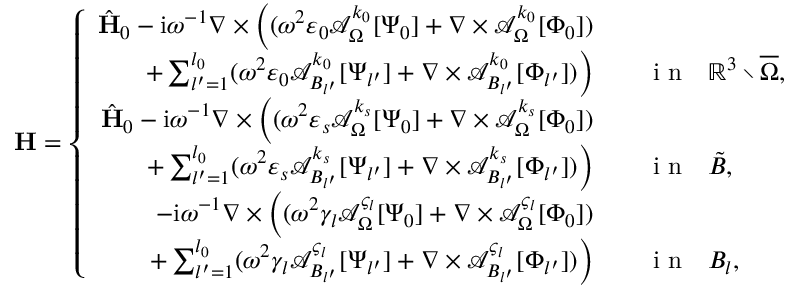
\mathbf { H } = \left\{ \begin{array} { r l } { \hat { \mathbf { H } } _ { 0 } - \mathrm { i } \omega ^ { - 1 } \nabla \times \Big ( ( \omega ^ { 2 } \varepsilon _ { 0 } \mathcal { A } _ { \Omega } ^ { k _ { 0 } } [ \Psi _ { 0 } ] + \nabla \times \mathcal { A } _ { \Omega } ^ { k _ { 0 } } [ \Phi _ { 0 } ] ) } & { { } } \\ { + \sum _ { l ^ { \prime } = 1 } ^ { l _ { 0 } } ( \omega ^ { 2 } \varepsilon _ { 0 } \mathcal { A } _ { B _ { l ^ { \prime } } } ^ { k _ { 0 } } [ \Psi _ { l ^ { \prime } } ] + \nabla \times \mathcal { A } _ { B _ { l ^ { \prime } } } ^ { k _ { 0 } } [ \Phi _ { l ^ { \prime } } ] ) \Big ) } & { { } \quad \mathrm { ~ i ~ n ~ } \ \ \mathbb { R } ^ { 3 } \setminus \overline { \Omega } , } \\ { \hat { \mathbf { H } } _ { 0 } - \mathrm { i } \omega ^ { - 1 } \nabla \times \Big ( ( \omega ^ { 2 } \varepsilon _ { s } \mathcal { A } _ { \Omega } ^ { k _ { s } } [ \Psi _ { 0 } ] + \nabla \times \mathcal { A } _ { \Omega } ^ { k _ { s } } [ \Phi _ { 0 } ] ) } & { { } } \\ { + \sum _ { l ^ { \prime } = 1 } ^ { l _ { 0 } } ( \omega ^ { 2 } \varepsilon _ { s } \mathcal { A } _ { B _ { l ^ { \prime } } } ^ { k _ { s } } [ \Psi _ { l ^ { \prime } } ] + \nabla \times \mathcal { A } _ { B _ { l ^ { \prime } } } ^ { k _ { s } } [ \Phi _ { l ^ { \prime } } ] ) \Big ) } & { { } \quad \mathrm { ~ i ~ n ~ } \ \ \tilde { B } , } \\ { - \mathrm { i } \omega ^ { - 1 } \nabla \times \Big ( ( \omega ^ { 2 } \gamma _ { l } \mathcal { A } _ { \Omega } ^ { \varsigma _ { l } } [ \Psi _ { 0 } ] + \nabla \times \mathcal { A } _ { \Omega } ^ { \varsigma _ { l } } [ \Phi _ { 0 } ] ) } & { { } } \\ { + \sum _ { l ^ { \prime } = 1 } ^ { l _ { 0 } } ( \omega ^ { 2 } \gamma _ { l } \mathcal { A } _ { B _ { l ^ { \prime } } } ^ { \varsigma _ { l } } [ \Psi _ { l ^ { \prime } } ] + \nabla \times \mathcal { A } _ { B _ { l ^ { \prime } } } ^ { \varsigma _ { l } } [ \Phi _ { l ^ { \prime } } ] ) \Big ) } & { { } \quad \mathrm { ~ i ~ n ~ } \ \ B _ { l } , } \end{array} \right.